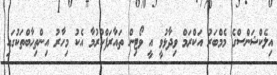
އިލެކްޝަންސްގެ މެމްބަރު އަކްރަމް ވިދާޅުވީ އީ ވޯޓިން ތައާރަފްކުރުމާ އެކު މިހާރު އިންތިހާބްތަކުގައި